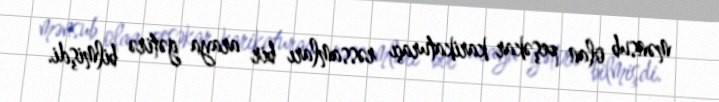
mənsub olan peşəkar karikaturaçı rəssamları bir araya gətirə bilmişdi.